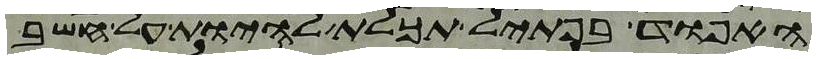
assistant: האפוד בפתיל תכלת להיות על חשב